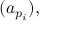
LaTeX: ( a _ { p _ { i } } ) ,